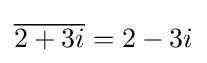
{\overline {2+3i}}=2-3i